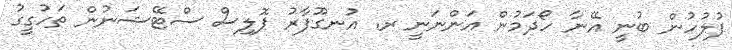
ފުލުހުން ބުނީ އޭނާ ހޯދަމުން އަންނަނީ ރ. އުނގޫފާރު ޕޮލިސް ސްޓޭޝަނުން ތަހުގީގު